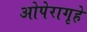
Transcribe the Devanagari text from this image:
ओपेरागृहे